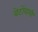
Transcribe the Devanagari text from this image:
बेटोंवाली